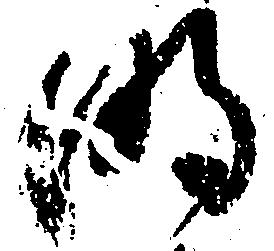
明